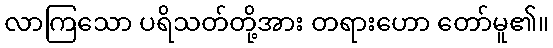
လာကြသော ပရိသတ်တို့အား တရားဟော တော်မူ၏။